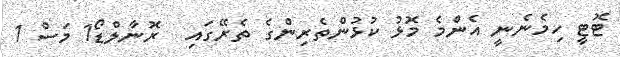
ޓޮޓީ ހިމެނެނީ އެންމެ މޮޅު ކުޅުންތެރިންގެ ތެރޭގައި  ރޮނާލްޑޯ1 މަސް 1